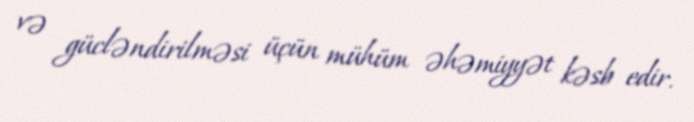
və gücləndirilməsi üçün mühüm əhəmiyyət kəsb edir.